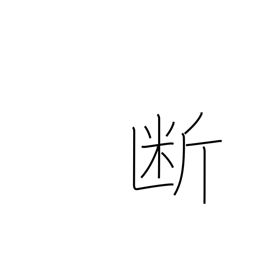
Meaning: severance